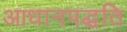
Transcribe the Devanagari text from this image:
आधानपद्धति